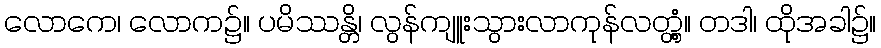
လောကေ၊ လောက၌။ ပမိဿန္တိ၊ လွန်ကျူးသွားလာကုန်လတ္တံ့။ တဒါ၊ ထိုအခါ၌။